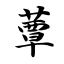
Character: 蕈